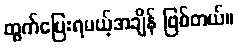
ထွက်ပြေးရမယ့်အချိန် ဖြစ်တယ်။